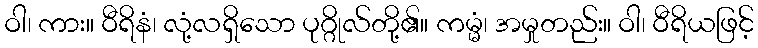
ဝါ၊ ကား။ ဝီရိနံ၊ လုံ့လရှိသော ပုဂ္ဂိုလ်တို့၏။ ကမ္မံ၊ အမှုတည်း။ ဝါ၊ ဝီရိယဖြင့်